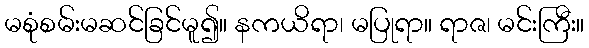
မစုံစမ်းမဆင်ခြင်မူ၍။ နကယိရာ၊ မပြုရာ။ ရာဇ၊ မင်းကြီး။